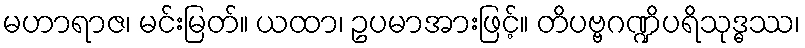
မဟာရာဇ၊ မင်းမြတ်။ ယထာ၊ ဥပမာအားဖြင့်။ တိပဗ္ဗဂဏ္ဍိပရိသုဒ္ဓဿ၊